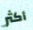
أكثر